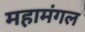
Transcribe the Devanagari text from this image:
महामंगल